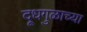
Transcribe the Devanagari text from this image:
दूधगुळाच्या